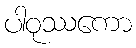
ပါဝုဿကော